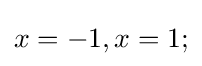
x=-1,x=1;